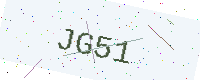
Text: JG51